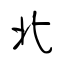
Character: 北